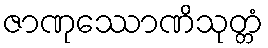
ဇာဏုဿောဏိသုတ္တံ